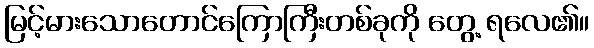
မြင့်မားသောတောင်ကြောကြီးတစ်ခုကို တွေ့ ရလေ၏။